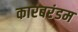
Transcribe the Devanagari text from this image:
कारबरंडम